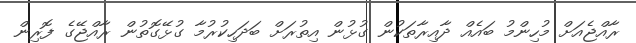
ރާއްޖެއަށް މުހިންމު ބައެއް ދާއިރާތަކުން ގުޅުން އިތުރަށް ބަދަހިކުރުމާ ގުޅޭގޮތުން ރާއްޖޭގެ ފޮރިން